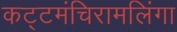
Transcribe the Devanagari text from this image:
कट्टमंचिरामलिंगा